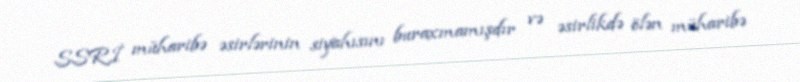
SSRİ müharibə əsirlərinin siyahısını buraxmamışdır və əsirlikdə ölən müharibə